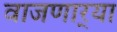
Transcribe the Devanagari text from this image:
वाजणार्‍या